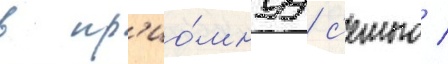
в пр'ио́мнуу с'емью /